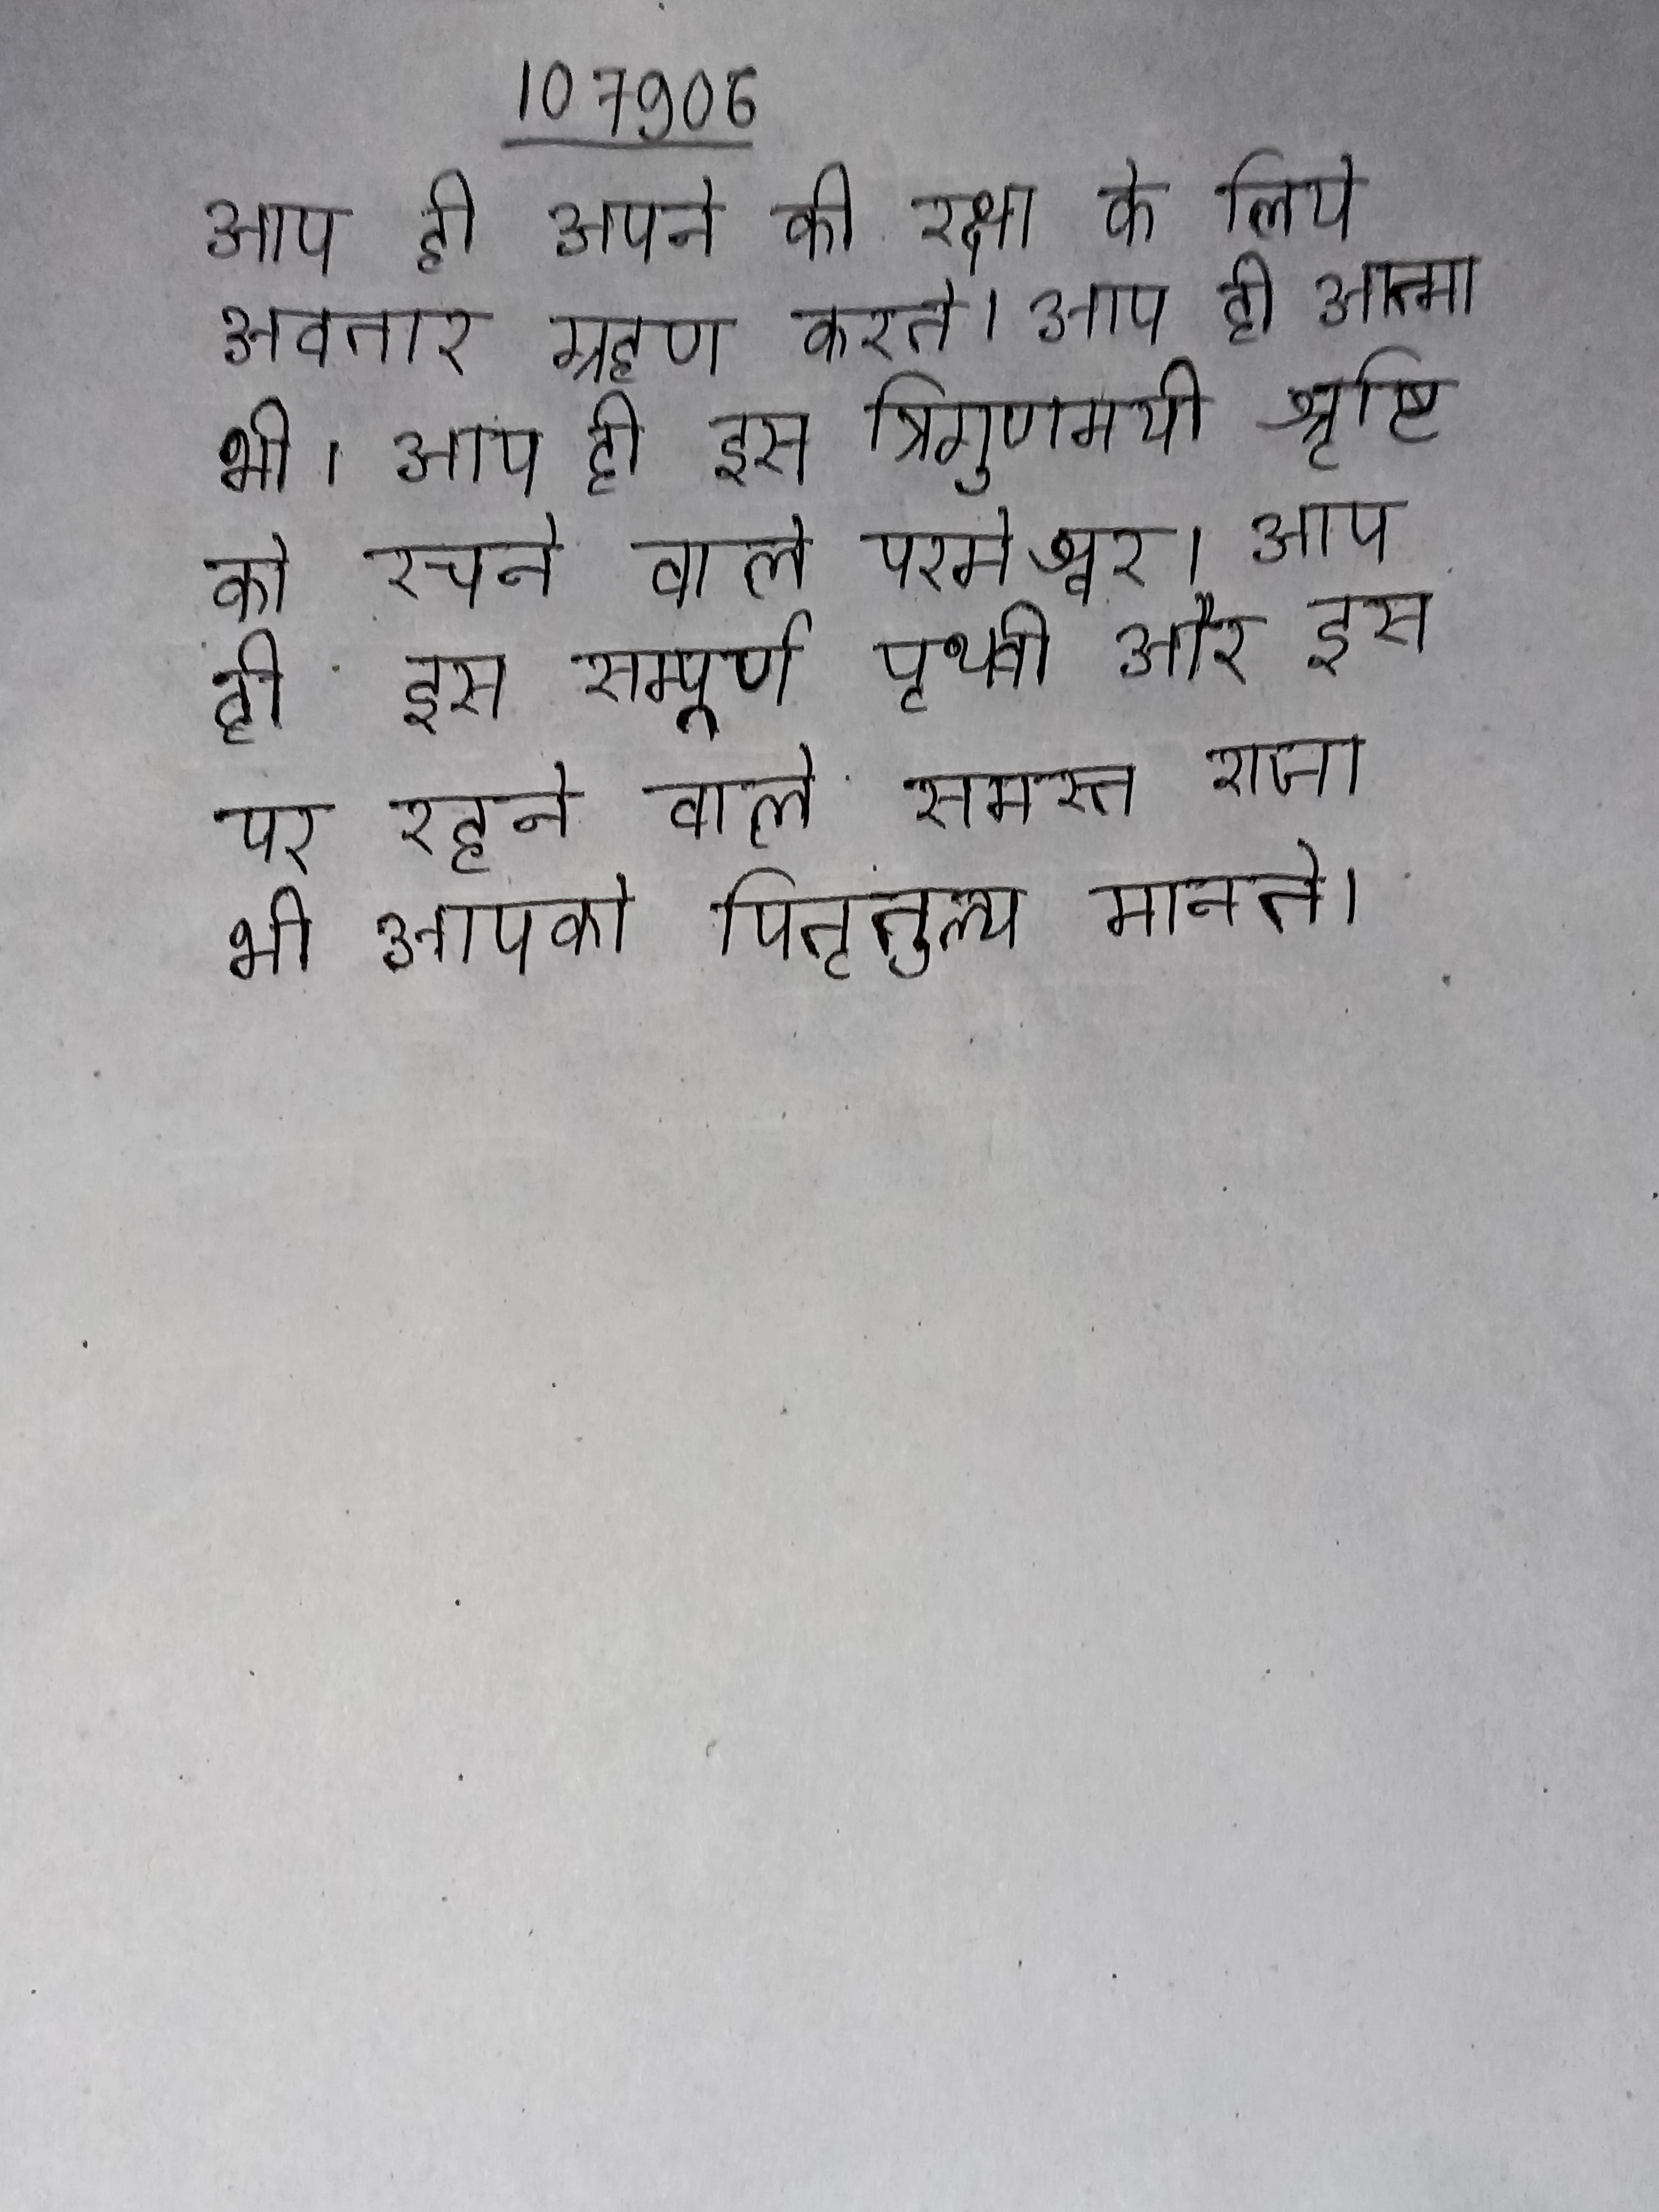
आप ही अपने की रक्षा के लिये अवतार ग्रहण करते । आप ही आत्मा भी । आप ही इस त्रिगुणमयी श्रृष्टि को रचने वाले परमेश्वर । आप ही इस सम्पूर्ण पृथ्वी और इस पर रहने वाले समस्त राजा भी आपको पितृतुल्य मानते ।